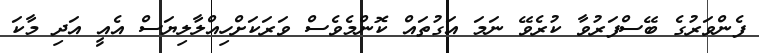
ފެންވަރުގެ ބޭސްފަރުވާ ކުރެވޭ ނަމަ އަގުތައް ކޮންމެވެސް ވަރަކަށްހިއްލާލިޔަސް އެއީ އަދި މާކަ